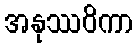
အနုဿဝိကာ